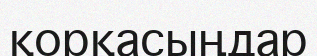
қорқасыңдар